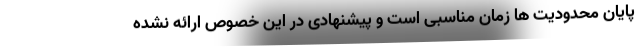
پایان محدودیت ها زمان مناسبی است و پیشنهادی در این خصوص ارائه نشده